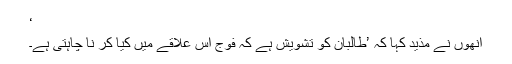
‘
انھوں نے مذید کہا کہ ’طالبان کو تشویش ہے کہ فوج اس علاقے میں کیا کر نا چاہتی ہے۔